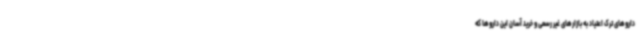
داروهای ترک اعتیاد به بازارهای غیر رسمی و خرید آسان این داروها که